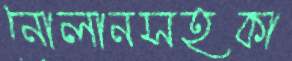
নোলানসহকা